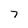
Character: 7